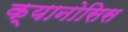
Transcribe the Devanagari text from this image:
क्यानोसिस